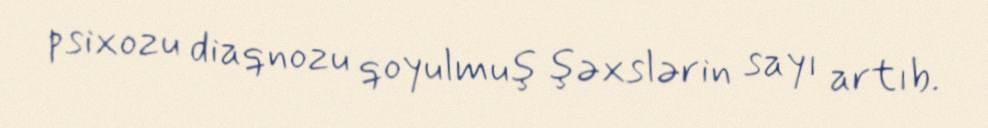
psixozu diaqnozu qoyulmuş şəxslərin sayı artıb.